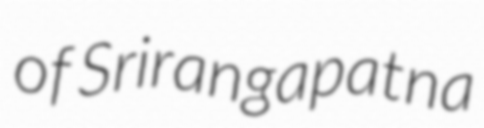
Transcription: of Srirangapatna